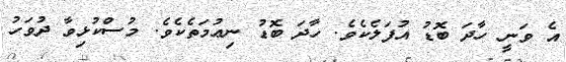
އެ ވަނީ ހާދަ ބޮޑު އުފަލެކެވެ. ހާދަ ބޮޑު ނިޢުމަތެކެވެ. މުސްކުޅިވާ ދުވަހު